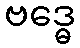
ဗဒ္ဓေ